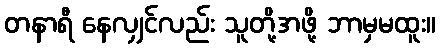
တနာရီ နေလျှင်လည်း သူတို့အဖို့ ဘာမှမထူး။